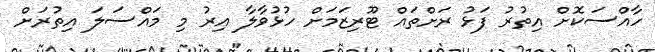
ހާއްސަކޮށް އިތުރު ފަޅު ރަށްތައް ޓޫރިޒަމަށް ހުޅުވާލާ އިރު މި މައްސަލަ އިތުރަށް